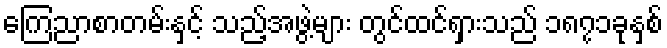
ကြေညာစာတမ်းနှင့် သည့်အဖွဲ့များ တွင်ထင်ရှားသည် ၁၈၇၁ခုနှစ်